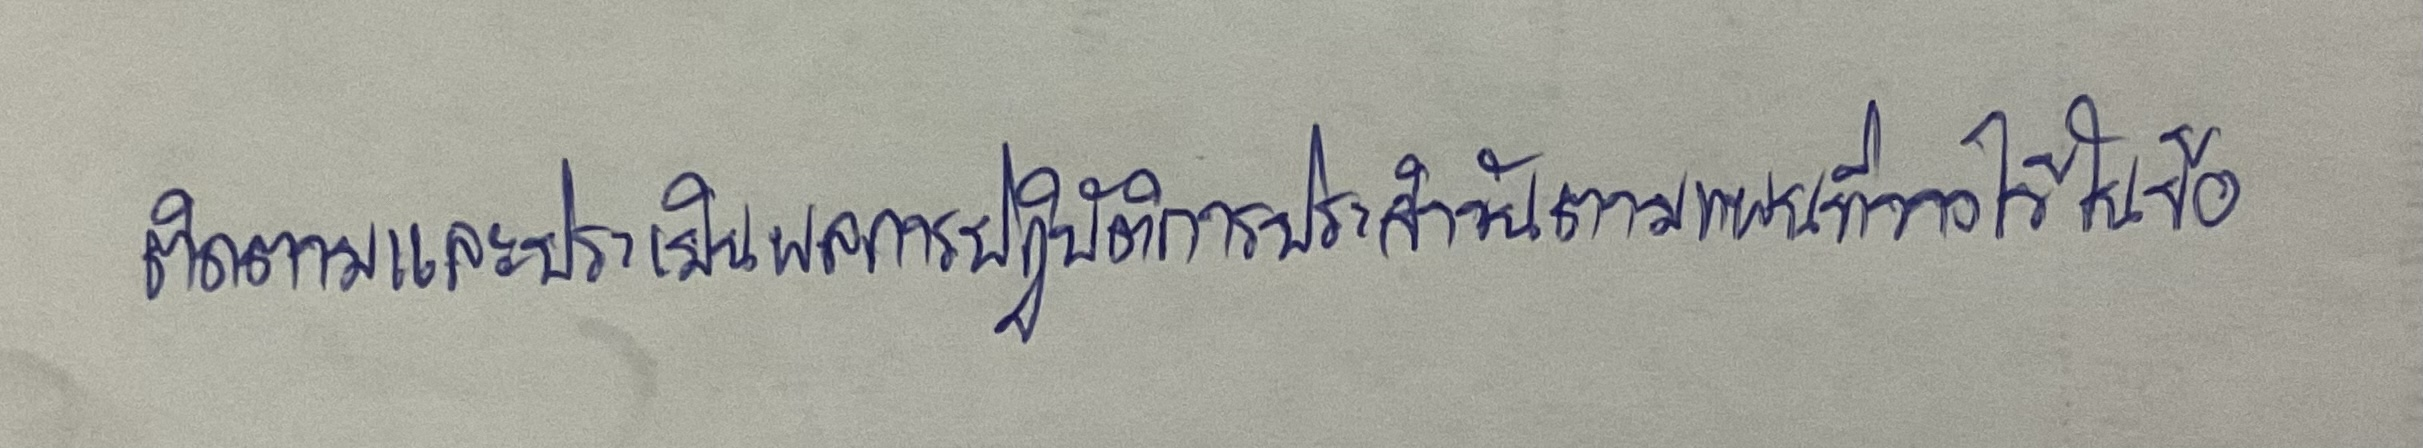
ติดตามและประเมินผลการปฏิบัติการประจำวันตามแผนที่วางไว้ในข้อ